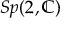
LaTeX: S p ( 2 , \mathbb { C } )